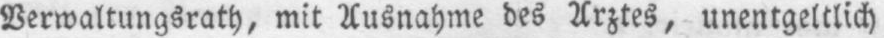
Verwaltungsrath, mit Ausnahme des Arztes, unentgeltlich